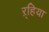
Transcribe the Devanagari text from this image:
ऱ्हिया